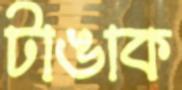
টাঙাক